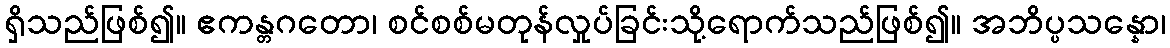
ရှိသည်ဖြစ်၍။ ဧကန္တဂတော၊ စင်စစ်မတုန်လှုပ်ခြင်းသို့ရောက်သည်ဖြစ်၍။ အဘိပ္ပသန္နော၊